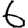
Digit: 6